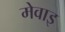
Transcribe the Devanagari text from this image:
मेवाइ